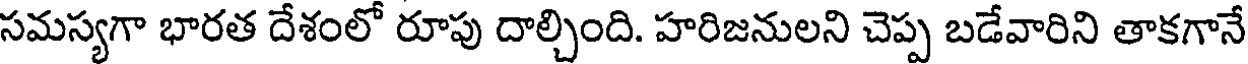
సమస్యగా భారత దేశంలో రూపు దాల్చింది. హరిజనులని చెప్ప బడేవారిని తాకగానే